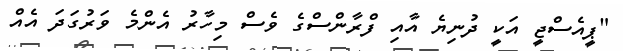
"ޕީއެސްޖީ އަކީ ދުނިޔެ އާއި ފްރާންސްގެ ވެސް މިހާރު އެންމެ ވަރުގަދަ އެއް